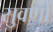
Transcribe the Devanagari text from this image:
सुवर्णां